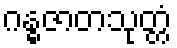
ဂန္ဓဇာတသုတ္တံ